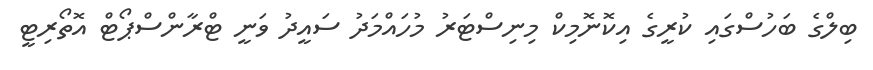
ބިލްގެ ބަހުސްގައި ކުރީގެ އިކޮނޮމިކް މިނިސްޓަރު މުހައްމަދު ސައީދު ވަނީ ޓްރާންސްޕޯޓް އޮތޯރިޓީ